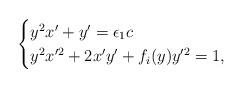
LaTeX: \begin{align*} \begin{cases} y^2x'+y'=\epsilon_1 c\\ y^2x'^2+2x'y'+f_i(y)y'^2=1,\end{cases}\end{align*}